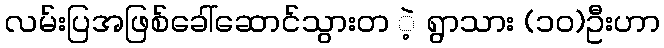
လမ်းပြအဖြစ်ခေါ်ဆောင်သွားတ ဲ့ ရွာသား (၁၀)ဦးဟာ